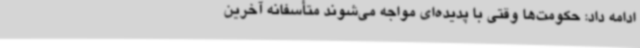
ادامه داد: حکومت‌ها وقتی با پدیده‌ای مواجه می‌شوند متأسفانه آخرین